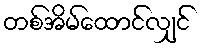
တစ်အိမ်ထောင်လျှင်